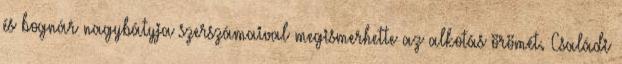
és bognár nagybátyja szerszámaival megismerhette az alkotás örömét. Családi